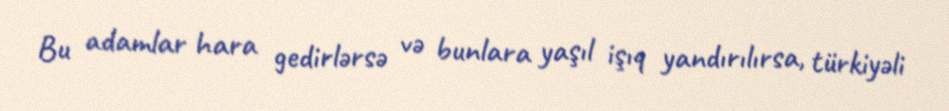
Bu adamlar hara gedirlərsə və bunlara yaşıl işıq yandırılırsa, türkiyəli